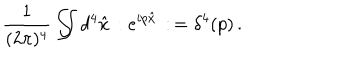
{ \frac { 1 } { ( 2 \pi ) ^ { 4 } } } \int \! \! \! \! \! \int d ^ { 4 } \hat { x } \, : e ^ { i p \hat { x } } \, : \, = \delta ^ { 4 } ( p ) \, .